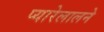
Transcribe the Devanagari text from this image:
प्यारेलालने